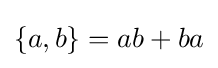
\{a,b\}=ab+ba